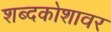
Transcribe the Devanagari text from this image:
शब्दकोशावर